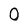
Character: O